Medical and sanitary report of the native army of Bengal for the year
Year: 1875
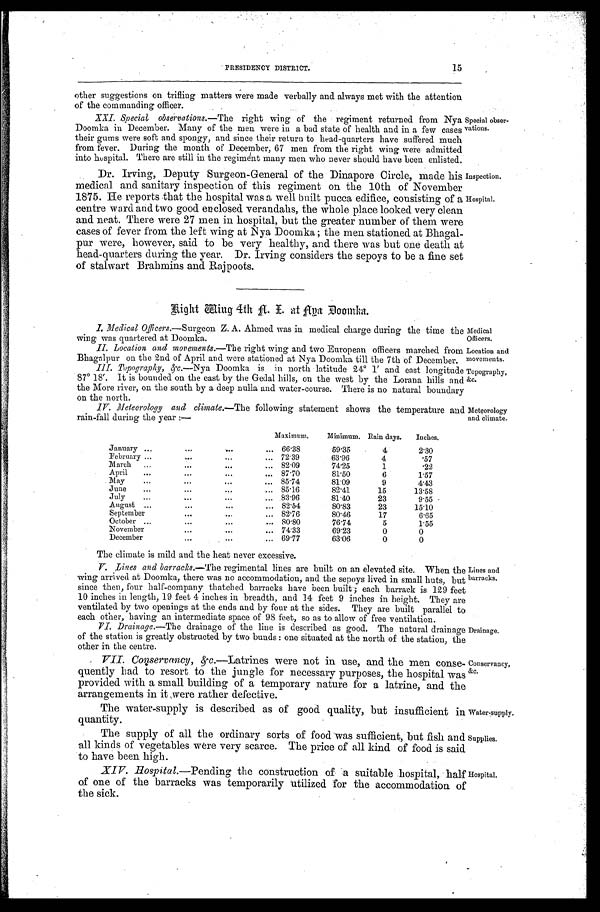
Inspection.
Hospital.
Water-supply.
Supplies.
PRESIDENCY DISTRICT.
15
other suggestions on trifling matters were made verbally and always met with the attention
of the commanding officer.
XXI. Special observations.— The
right wing of the regiment returned from Nya
Doomka in December. Many of the men were in a bad state of health and in a few cases
their gums were soft and spongy, and since their return to head-quarters have suffered much
from fever. During the month of December, 67 men from the right wing were admitted
into hospital. There are still in the regiment many men who never should have been enlisted
Special obser
-vations.
Dr. Irving, Deputy Surgeon-General of the Dinapore Circle, made his
medical and sanitary inspection of this regiment on the 10th of November
1875. He reports that the hospital was a well built pucca edifice, consisting of a
centre ward and two good enclosed verandahs, the whole place looked very clean
and neat. There were 27 men in hospital, but the greater number of them were
cases of fever from the left wing at Nya Doomka; the men stationed at Bhagal--
pu.r were, however, said to be very healthy, and there was but one death at
head-quarters during the year. Dr. Irving considers the sepoys to be a fine set
of stalwart Brahmins and Rajpoots.
R i g h t W i n g 4 t h N . I . a t N y a D o o m k a .
I. Medical Officers.—Surgeon Z. A. Ahmed was in medical charge during the time the
wing was quartered at Doomka.
II. Location and movements.—The right wing and two European officers marched from
Bhagalpur on the 2nd of April and were stationed at Nya Doomka till the 7th of December.
III. Topograpny,& c.—Nya Doomka is in north latitude 24º 1 and east longitude
87° 18. It is bounded on the east by the Gedal hills, on the west by the Lorana hills and
the More river, on the south by a deep nulla and water-course. There is no natural boundary
on the north.
IV. Meteorology and climate.— The following statement shows the temperature and
rain-fall during the year :—
Maximum.
Minimum. Rain days.
Inches.
January . . .
66.38
59.35
4
2.30
February . . .
72.39
63.96
4
.57
March . . .
82.09
74.25
1
.22
Ap r i l . . .
87.70
81.50
6
1.57
May . . .
85.74
81.09
9
4.43
June . . .
85.16
82.41
15
13.58
July . . .
83.96
81.40
23
9.55
August . . .
82.54
80.83
23
15.10
September . . .
82.76
80.46
17
6.65
October . . .
80.80
76.74
5
1.55
November . . .
74.33
69.23
0
0
December . . .
69.77
63.06
0
0
Medical
Officers.
Location and
movements.
Topography,
&c.
Meteorology
and climate.
The climate is mild and the heat never excessive.
V. Lines and barracks.—The regimental lines are built on an elevated site. When the
wing arrived at Doomka, there was no accommodation, and the sepoys lived in small huts, but
since then, four half-company thatched barracks have been built; each barrack is 129 feet
10 inches in length, 19 feet 4 inches in breadth, and l4 feet 9 inches in height. They are
ventilated by two openings at the ends and by four at the sides. They are built parallel to
each other , h a v i n g a n i n t e r m e d i a t e s p a c e o f 9 8 f e e t . s o a s t o a l l o w o f f r e e v e n t i l a t i o n .
VI. Drainage.— The drainage of the line is described as good. The natural drainage
of the station is greatly obstructed by two bunds: one situated at the north of the station, the
other in the centre.
Lines and
barracks.
Drainage.
VII. Conservancy, &
c.—Latrines were not in use, and the men conse
-quently had to resort to the jungle for necessary purposes, the hospital was
provided with a small building of a temporary nature for a latrine, and the
arrangements in it were rather defective.
The water-supply is described as of good quality, but insufficient in
quantity.
The supply of all the ordinary sorts of food was sufficient, but fish and
all kinds of vegetables were very scarce. The price of all kind of food is said
to have been high.
Conservancy,
&c.
XIV. Hospital.—Pending the construction of a suitable hospital, half
of one of the barracks was temporarily utilized for the accommodation of
the sick.
Hospital.